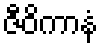
ဇီဝိကာနံ